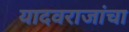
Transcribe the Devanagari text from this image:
यादवराजांचा